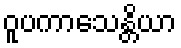
ဝူပကာသေန္တိယာ